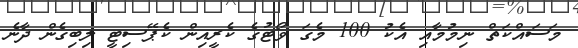
މަސައްކަތް ނިމުމާއި އެކު 100 މެގަ ވޯޓުގެ ކެރީއިން ކެޕޭސިޓީ ލިބިގެން ދާނެ